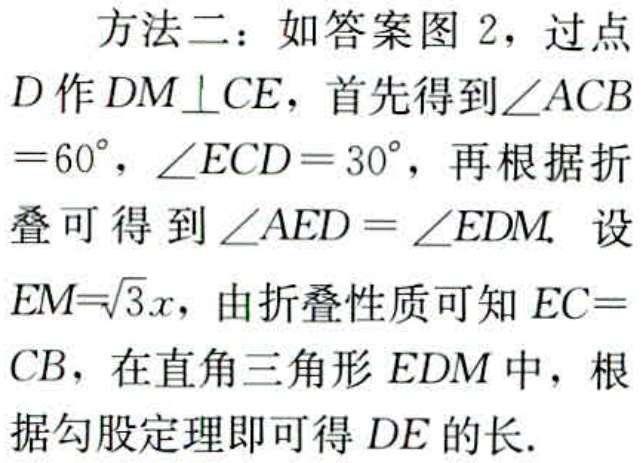
方法二：如答案图 2，过点

$D$作$DM\perp CE$，首先得到$\angle ACB$

$=60^{\circ}$，$\angle ECD = 30^{\circ}$，再根据折

叠可得到$\angle AED=\angle EDM.$ 设

$EM = \sqrt{3}x$，由折叠性质可知$EC =$

$CB$，在直角三角形$EDM$中，根

据勾股定理即可得$DE$的长.